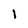
Character: l